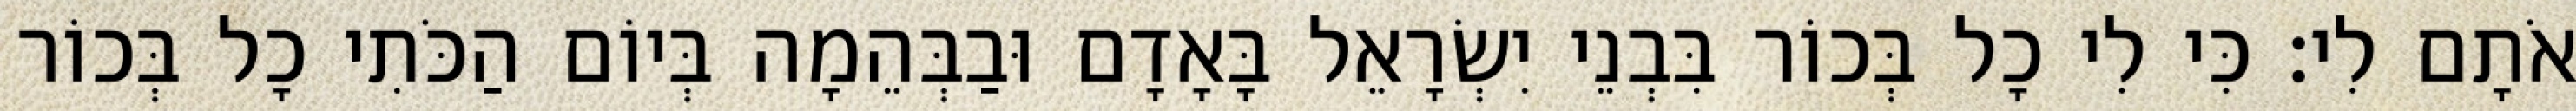
אֹתָם לִי׃ כִּי לִי כָל בְּכוֹר בִּבְנֵי יִשְׂרָאֵל בָּאָדָם וּבַבְּהֵמָה בְּיוֹם הַכֹּתִי כָל בְּכוֹר